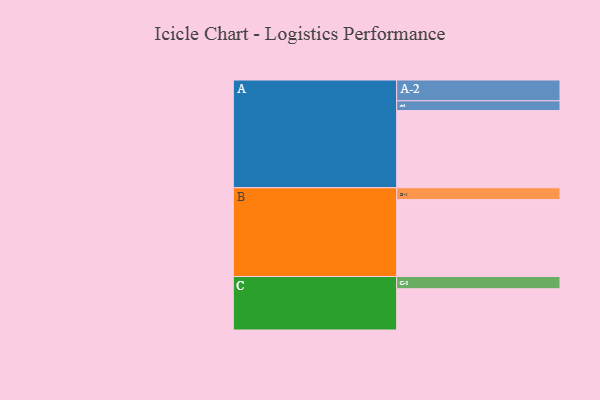
{"axis": {"x": "Segment", "y": "Value"}, "legend": ["", "A", "B", "C"], "data": [{"x": "A", "y": 593, "type": ""}, {"x": "B", "y": 591, "type": ""}, {"x": "C", "y": 317, "type": ""}, {"x": "A-1", "y": 75, "type": "A"}, {"x": "A-2", "y": 160, "type": "A"}, {"x": "B-1", "y": 91, "type": "B"}, {"x": "C-1", "y": 94, "type": "C"}]}